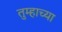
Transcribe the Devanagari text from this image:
तुम्हाच्या